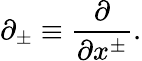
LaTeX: \partial_{\pm}\equiv\frac{\partial}{\partial x^{\pm}}.